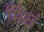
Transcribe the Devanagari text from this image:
मिस्रं